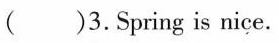
( )3.Spring is nice.